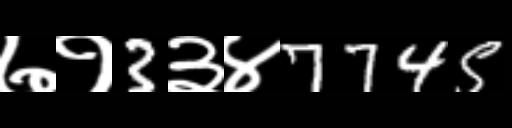
Text: ७१3३४7745